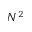
N ^ { 2 }